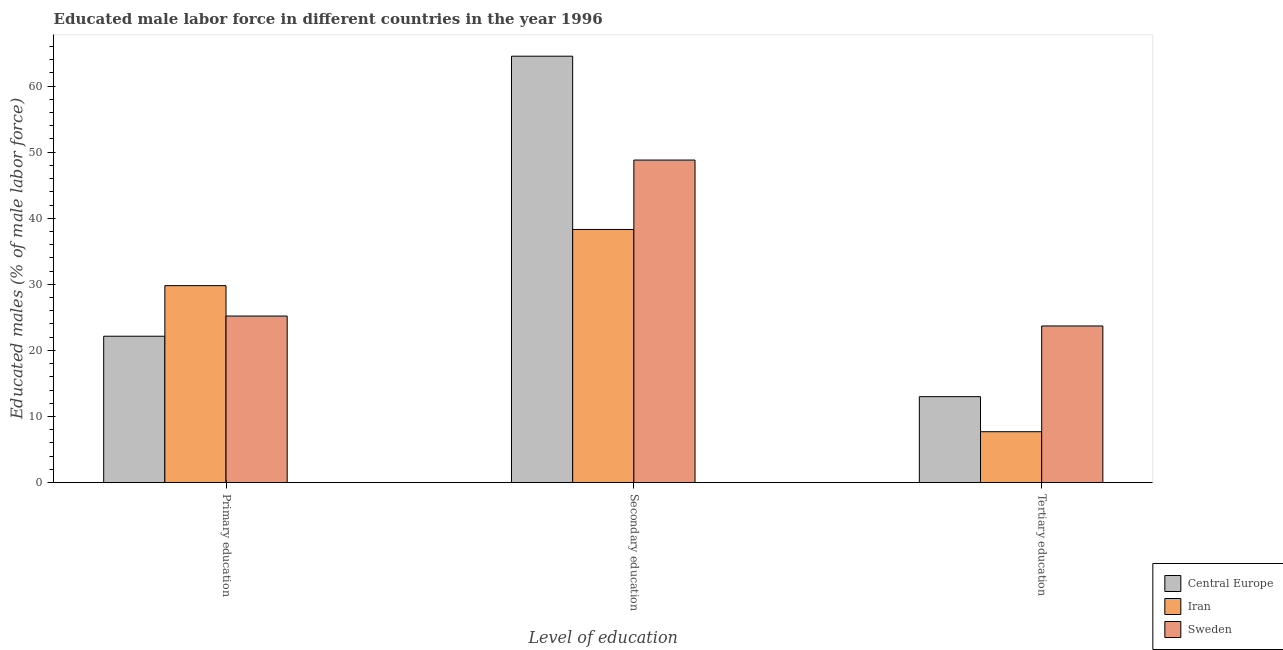
| Level of education | Central Europe | Iran | Sweden |
 | --- | --- | --- | --- |
 | Primary education | 22.1 | 29.8 | 25.2 |
 | Secondary education | 64.5 | 38.3 | 48.8 |
 | Tertiary education | 13 | 7.7 | 23.7 |